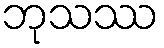
ဘုသဿ